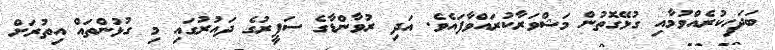
ބަދަހިކުރެއްވުމާއި ގުޅޭގޮތުން މަޝްވަރާކުރައްވާފައެވެ. އަދި ރުވާންޑާގެ ސަފީރުގެ ދައުރުގައި މި ގުޅުންތައް އިތުރަށް